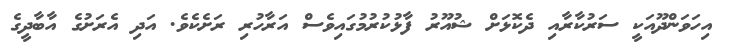
އިހަވަންދޫއަކީ ސަރުކާރާއި ދެކޮޅަށް ޝުއޫރު ފާޅުކުރުމުގައިވެސް އަރާހުރި ރަށެކެވެ. އަދި އެރަށުގެ އާބާދީގެ